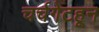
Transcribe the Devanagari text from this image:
चर्चगेटहून